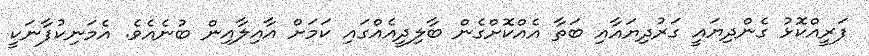
ފަރީއްކޮޅު ގެންދިޔައީ ގަރުދިޔައާއި ބަތާ އެއްކޮށްގެން ބާލިދީއެއްގައި ކަމަށް އާއިލާއިން ބުނެއެވެ. އެމަނިކުފާނަކީ